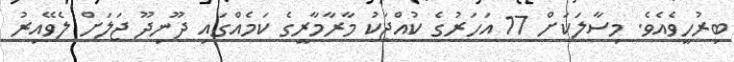
ބިރުހީވެއެވެ. މިސާލަކަށް 17 އަހަރުގެ ކުއްޖަކު މާރާމާރީގެ ކަމެއްގައި ދޫނިދޫ ޖަލަށް ލެވޭއިރު